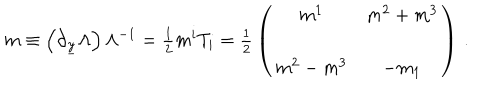
LaTeX: m \equiv \left( \partial _ { \underline { { { y } } } } \Lambda \right) \Lambda ^ { - 1 } = { \textstyle \frac { 1 } { 2 } } m ^ { i } T _ { i } = { \textstyle \frac { 1 } { 2 } } \left( \begin{array} { c c } { { m ^ { 1 } } } & { { m ^ { 2 } + m ^ { 3 } } } \\ { { } } & { { } } \\ { { m ^ { 2 } - m ^ { 3 } } } & { { - m _ { 1 } } } \\ \end{array} \right) \, .